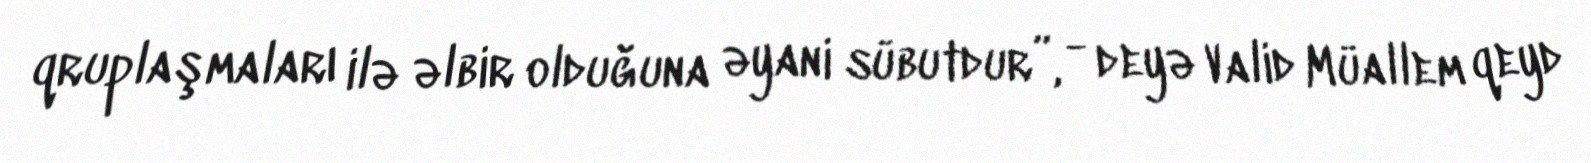
qruplaşmaları ilə əlbir olduğuna əyani sübutdur”, - deyə Valid Müallem qeyd